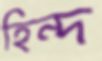
হিন্দ